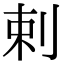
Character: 剌